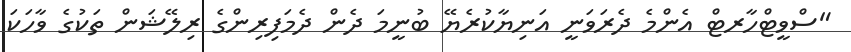
"ސްވީޓްހާރޓް އެންމެ ދެރަވަނީ އަނިޔާކުރެޔޭ ބުނީމަ ދެން ދެމަފިރިންގެ ރިލޭޝަން ތަކުގެ ވާހަކަ